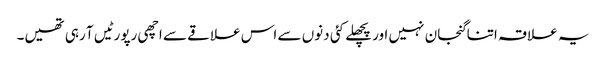
یہ علاقہ اتنا گنجان نہیں اور پچھلے کئی دنوں سے اس علاقے سے اچھی رپورٹیں آ رہی تھیں۔